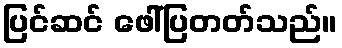
ပြင်ဆင် ဖေါ်ပြတတ်သည်။